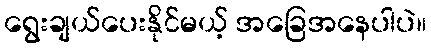
ရွေးချယ်ပေးနိုင်မယ့် အခြေအနေပါပဲ။